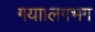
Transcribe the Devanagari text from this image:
गया।लगभग